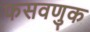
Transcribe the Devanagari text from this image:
फसवणुक